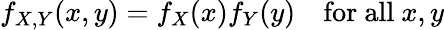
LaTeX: f_{X,Y}(x,y)=f_{X}(x)f_{Y}(y)\quad{\mathrm{for~all~}}x,y